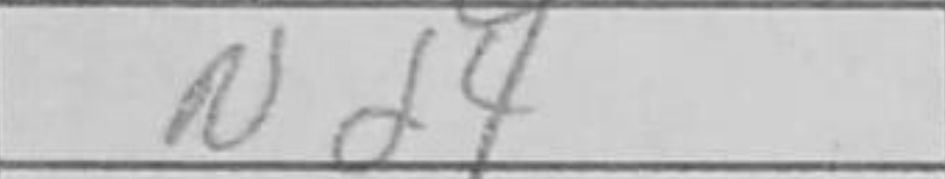
Transcription: Nd4